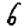
Digit: 6